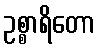
ဥစ္စာရိတော